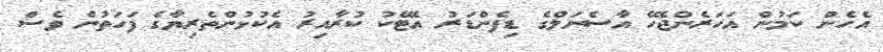
އެހެން ކަމުން އަހަރެންޖެހޭ އާސެނަލްގެ ޑިފެންޑަރު އެޓޭކު ކުރާއިރު އެކުޅުންތެރިޔާގެ ފަހަތުން ވެސް